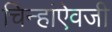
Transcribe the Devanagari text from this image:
चिन्हांऐवजी